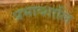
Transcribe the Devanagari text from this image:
प्रभाव्शालि